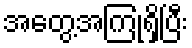
အတွေ့အကြုံရှိပြီး